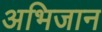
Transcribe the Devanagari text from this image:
अभिजान